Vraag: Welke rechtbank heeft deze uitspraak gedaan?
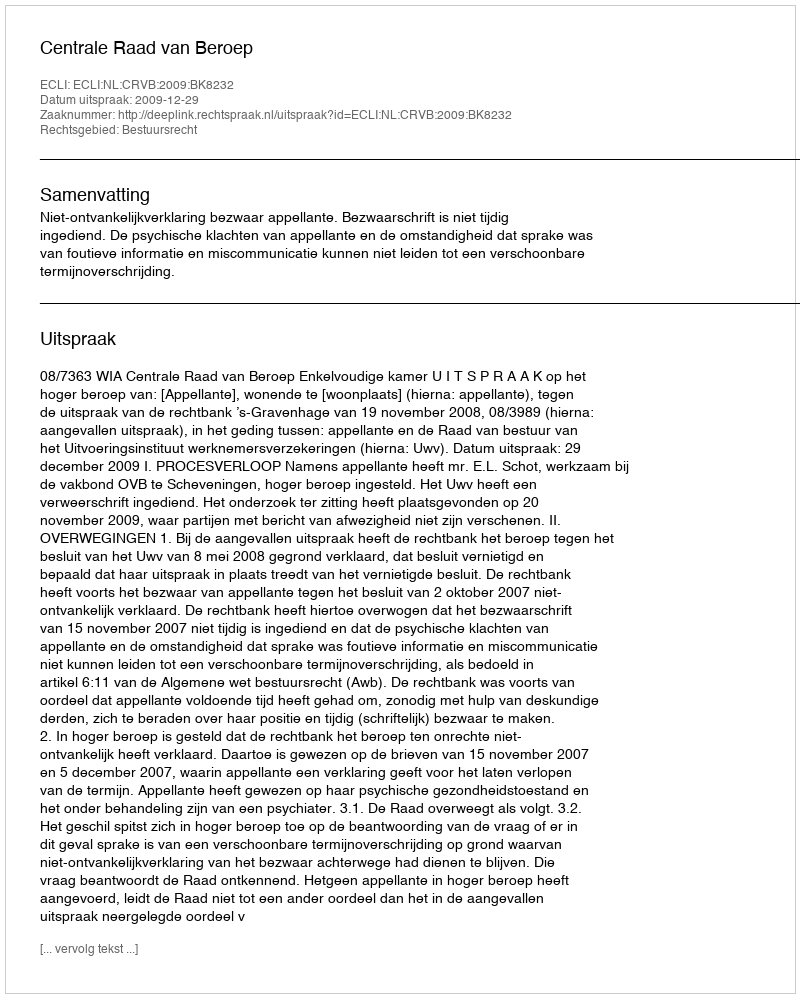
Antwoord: Centrale Raad van Beroep